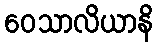
ဝေသာလိယာနိ